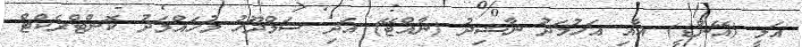
އަލީ (އޭންޑީ) އާއި އަހުމަދު ނާޝިދު (ނާއްޓޭ) އަދި ސަމްދޫހު މުހައްމަދު ކޮންޓްރެކްޓް